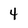
Character: 4